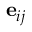
\mathbf { e } _ { i j }